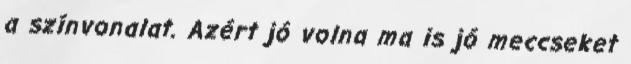
a színvonalat. Azért jó volna ma is jó meccseket